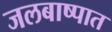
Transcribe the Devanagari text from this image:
जलबाष्पात